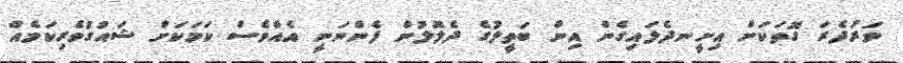
ވަރުދެރަ ގޮތަކަށް އިށީނދެލައިގެން އިން ބަތީލުގެ ދެލޮލުން ފެންނަނީ އެއްވެސް ކަމަކަށް ޝައުގުވެރިކަމެއް